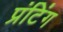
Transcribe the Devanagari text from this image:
प्रंटिंग